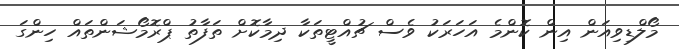
މޯލްޑިވިއަން އިން ކޮންމެ އަހަރަކު ވެސް ޗުއްޓީތަކާ ދިމާކޮށް ތަފާތު ޕްރޮމޯޝަންތައް ހިންގަ